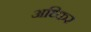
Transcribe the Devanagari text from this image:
अध्किर